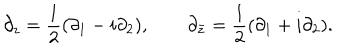
\partial _ { z } = \frac { 1 } { 2 } ( \partial _ { 1 } - i \partial _ { 2 } ) , \qquad \partial _ { \bar { z } } = \frac { 1 } { 2 } ( \partial _ { 1 } + i \partial _ { 2 } ) .